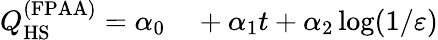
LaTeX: \begin{array}{rl}{Q_{\mathrm{HS}}^{(\mathrm{FPAA})}=\alpha_{0}}&{{}+\alpha_{1}t+\alpha_{2}\log(1/\varepsilon)}\end{array}